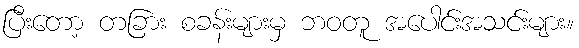
ပြီးတော့ တခြား စခန်းများမှ ဘဝတူ အပေါင်းအသင်းများ။